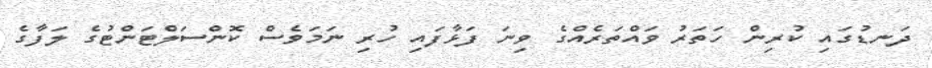
ދަނޑުގައި ކުރިން ހަތަރު ވައްތަރެއްގެ ވިނަ ފަޅާފައި ހުރި ނަމަވެސް ކޮންސަލްޓަންޓުގެ ލަފާގެ